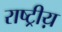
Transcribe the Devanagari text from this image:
राष्ट्रीय़